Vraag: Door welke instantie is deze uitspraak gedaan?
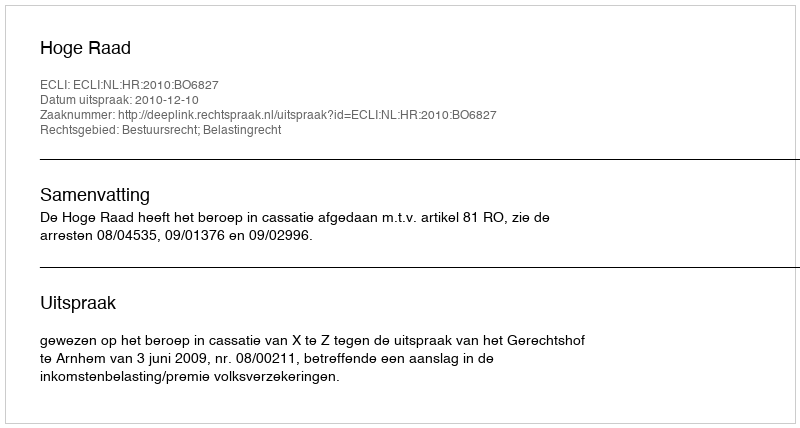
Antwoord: Hoge Raad